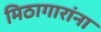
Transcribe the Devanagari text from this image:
मिठागारांना